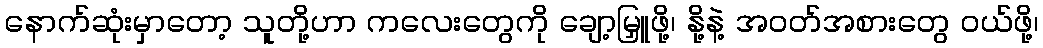
နောက်ဆုံးမှာတော့ သူတို့ဟာ ကလေးတွေကို ချော့မြှူဖို့၊ နို့နဲ့ အဝတ်အစားတွေ ဝယ်ဖို့၊